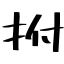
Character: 拊